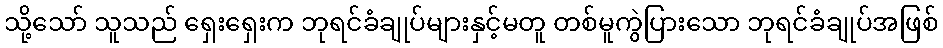
သို့သော် သူသည် ရှေးရှေးက ဘုရင်ခံချုပ်များနှင့်မတူ တစ်မူကွဲပြားသော ဘုရင်ခံချုပ်အဖြစ်